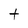
Character: t